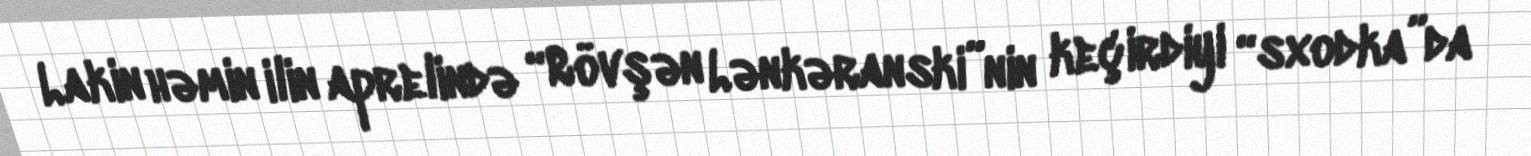
Lakin həmin ilin aprelində “Rövşən Lənkəranski”nin keçirdiyi “sxodka”da